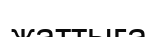
жаттыға